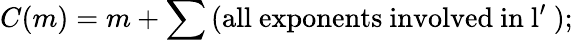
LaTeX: C(m)=m+\sum\mathrm{(all~exponents~involved~in~l^{\prime}~)};